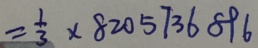
= \frac { 1 } { 3 } \times 8 2 0 5 7 3 6 8 9 6